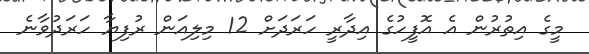
މީގެ އިތުރުން އެ އޮފީހުގެ އިދާރީ ހަރަދަށް 12 މިލިއަން ރުފިޔާ ހަރަދުވާނެ